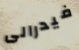
فيدرالى